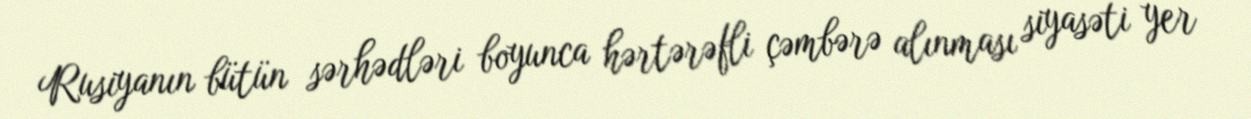
Rusiyanın bütün sərhədləri boyunca hərtərəfli çəmbərə alınması siyasəti yer